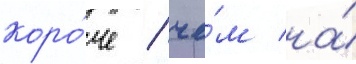
коро́че / че́м на́